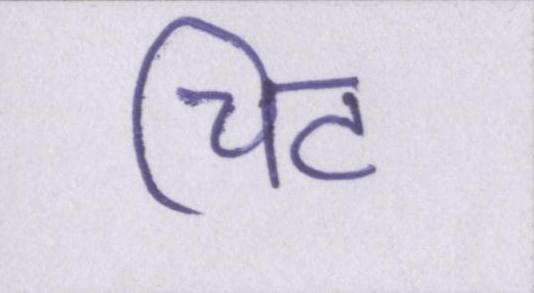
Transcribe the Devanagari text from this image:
चिट